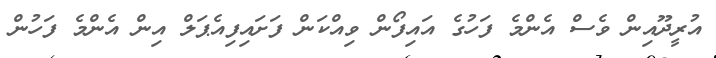
އުރީދޫއިން ވެސް އެންމެ ފަހުގެ އައިފޯން ވިއްކަން ފަށައިފިއެޕަލް އިން އެންމެ ފަހުން